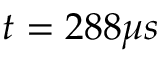
t = 2 8 8 \mu s